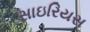
સાઇરિયસ